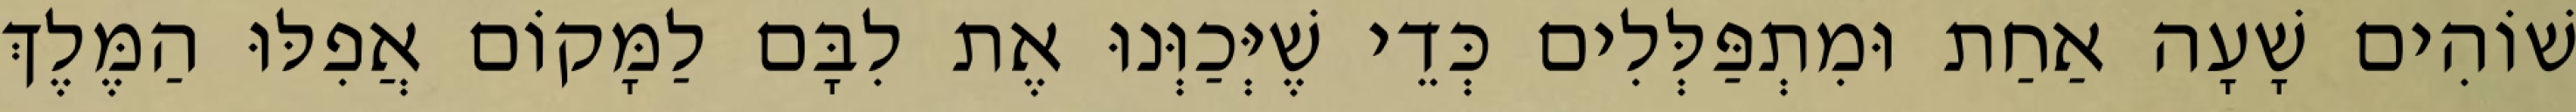
שׁוֹהִים שָׁעָה אַחַת וּמִתְפַּלְּלִים כְּדֵי שֶׁיְּכַוְּנוּ אֶת לִבָּם לַמָּקוֹם אֲפִלּוּ הַמֶּלֶךְ